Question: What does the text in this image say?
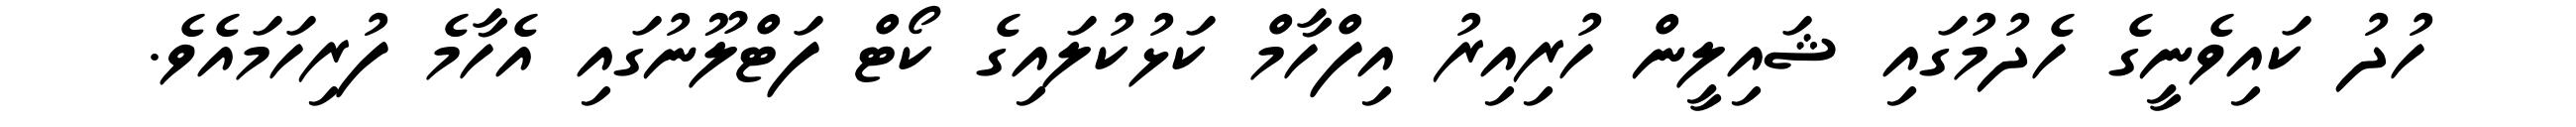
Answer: ހުދު ކައިވެނީގެ ހެދުމުގައި ޝައިލީން ހުރިއިރު އިފްހާމް ކަޅުކުލައިގެ ކޯޓް ފަޓްލޫނުގައި އެހާމެ ފުރިހަމައެވެ.